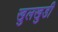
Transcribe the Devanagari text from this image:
खुलखुडी